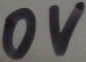
Text: 0V